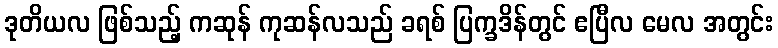
ဒုတိယလ ဖြစ်သည့် ကဆုန် ကုဆန်လသည် ခရစ် ပြက္ခဒိန်တွင် ဧပြီလ မေလ အတွင်း